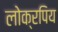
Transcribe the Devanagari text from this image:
लोक्रपिय